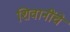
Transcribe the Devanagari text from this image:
शिवानींचे